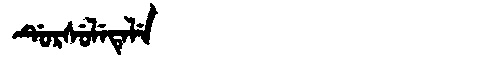
Manchu: ᡩᡠᡵᠰᡠᠯᡝᡨᡝᠯᡝ
Romanization: DURSULETELE